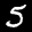
Label: 5